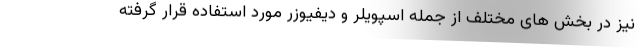
نیز در بخش های مختلف از جمله اسپویلر و دیفیوزر مورد استفاده قرار گرفته